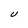
Character: U